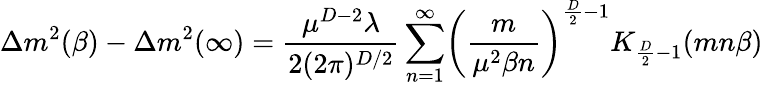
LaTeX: \Delta m^{2}(\beta)-\Delta m^{2}(\infty)=\frac{\mu^{D-2}\lambda}{2(2\pi)^{D/2}}\sum_{n=1}^{\infty}\biggl(\frac{m}{\mu^{2}\beta n}\biggr)^{\frac{D}{2}-1}K_{\frac{D}{2}-1}(mn\beta)